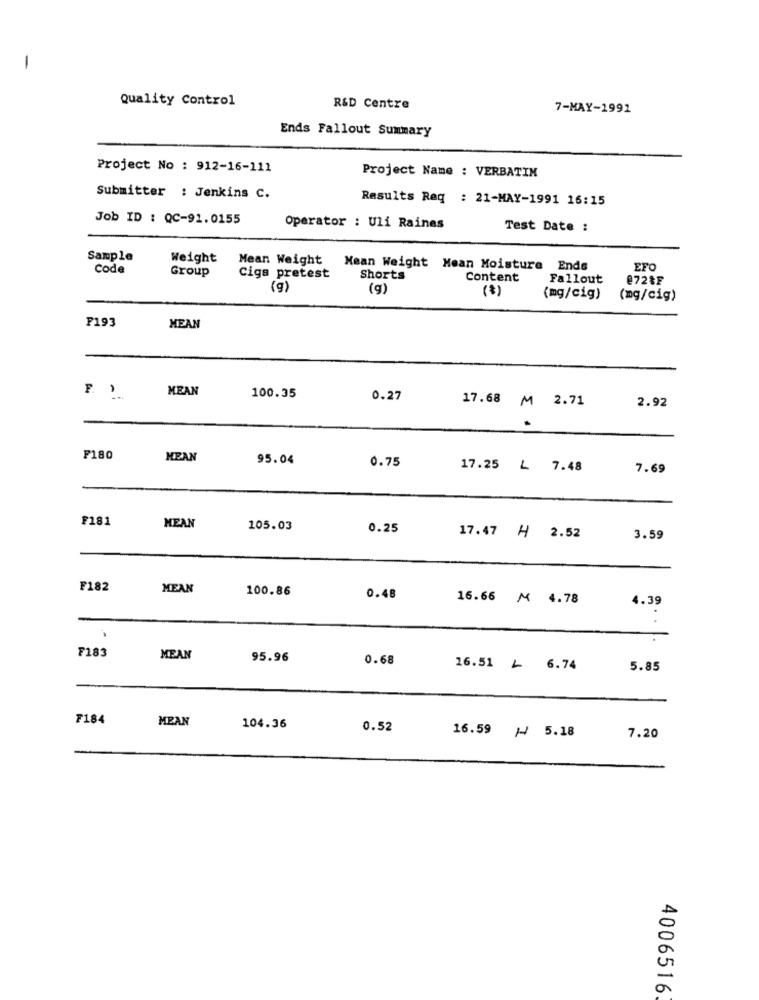
-
Quality Control
R&D Centre
7-MAY-1992
Ends Fallout Summary
Project No : 912-16-111
Project Name : VERBATIM
Submitter : Jenkins C.
Results Req : 21-MAY-1991 16:15
Job ID : QC-91.0155
Operator : Uli Raines
Test Date :
Sample
Weight
code
Group
Mean Weight Mean Weight Mean Moisture Ends
EFO
Ciga pretest
Shorts
Content
Fallout
@72&F
(g)
(g)
(mg/cig)
(mg/cig)
F193
MEAN
MEAN
100.35
0.27
17.68 M 2.71
2.92
F180
MEAN
95.04
0.75
17.25 L 7.48
7.69
F181
MEAN
105.03
0.25
17.47 H 2.52
3.59
F182
MEAN
100.86
0.48
16.66 M 4.78
4.39
F183
MEAN
95.96
0.68
16.51 L 6.74
5.85
F184
MEAN
104.36
0.52
16.59 /- 5.18
7.20
4006516